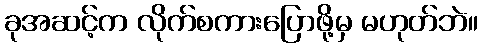
ခုအဆင့်က လိုက်စကားပြောဖို့မှ မဟုတ်ဘဲ။